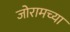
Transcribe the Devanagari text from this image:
जोरामच्या